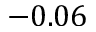
- 0 . 0 6